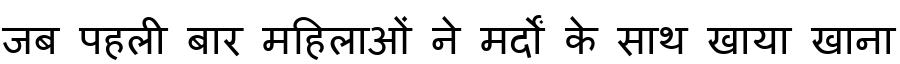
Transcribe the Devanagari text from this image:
जब पहली बार महिलाओं ने मर्दों के साथ खाया खाना